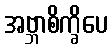
အဗ္ဘာစိက္ခိပေ